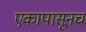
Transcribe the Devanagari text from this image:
एकापासूनच